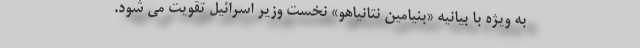
به ویژه با بیانیه «بنیامین نتانیاهو» نخست وزیر اسرائیل تقویت می شود.